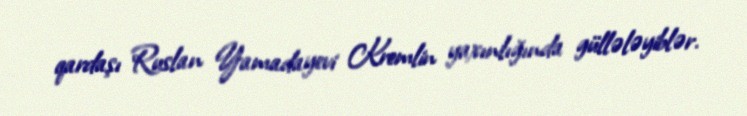
qardaşı Ruslan Yamadayevi Kremlin yaxınlığında güllələyiblər.